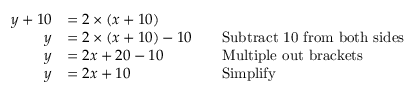
{ \begin{array} { r l r l } { y + 1 0 } & { = 2 \times ( x + 1 0 ) } \\ { y } & { = 2 \times ( x + 1 0 ) - 1 0 } & & { { \mathrm { S u b t r a c t ~ 1 0 ~ f r o m ~ b o t h ~ s i d e s } } } \\ { y } & { = 2 x + 2 0 - 1 0 } & & { { \mathrm { M u l t i p l e ~ o u t ~ b r a c k e t s } } } \\ { y } & { = 2 x + 1 0 } & & { { \mathrm { S i m p l i f y } } } \end{array} }